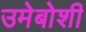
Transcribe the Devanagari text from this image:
उमेबोशी